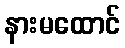
နားမထောင်